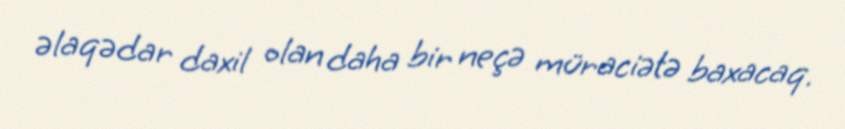
əlaqədar daxil olan daha bir neçə müraciətə baxacaq.